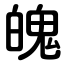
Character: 魄